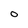
Character: o